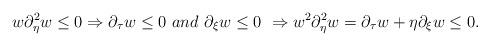
LaTeX: \begin{align*} w\partial_\eta^2 w\leq 0 \Rightarrow \partial_\tau w\leq0 \,\,and \,\, \partial_\xi w\leq 0 \,\, \Rightarrow w^2\partial_{\eta }^2 w=\partial_\tau w+\eta \partial_\xi w\leq 0.\end{align*}